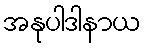
အနုပါဒါနာယ